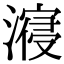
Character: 𣽧